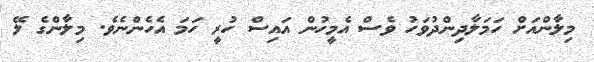
މިލާންއަށް ހަމަލާދިންދުވަހު ވެސް އެމީހުން އައިސް ހުރީ ހަމަ އެހެންނެވެ. މިލާންގެ ލޭ